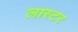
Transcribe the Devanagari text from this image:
लास्टर